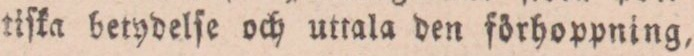
tiſka berydelſe och uttala den förhoppning,